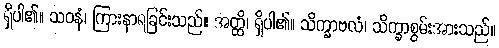
ရှိပါ၏။ သဝနံ၊ ကြားနာရခြင်းသည်။ အတ္ထိ၊ ရှိပါ၏။ သိက္ခာဗလံ၊ သိက္ခာစွမ်းအားသည်။